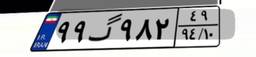
۵۰گ۳۴۰۱۳